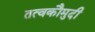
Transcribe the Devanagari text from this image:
तत्‍वकौमुदी